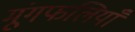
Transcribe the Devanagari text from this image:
मूंगफलियाँ